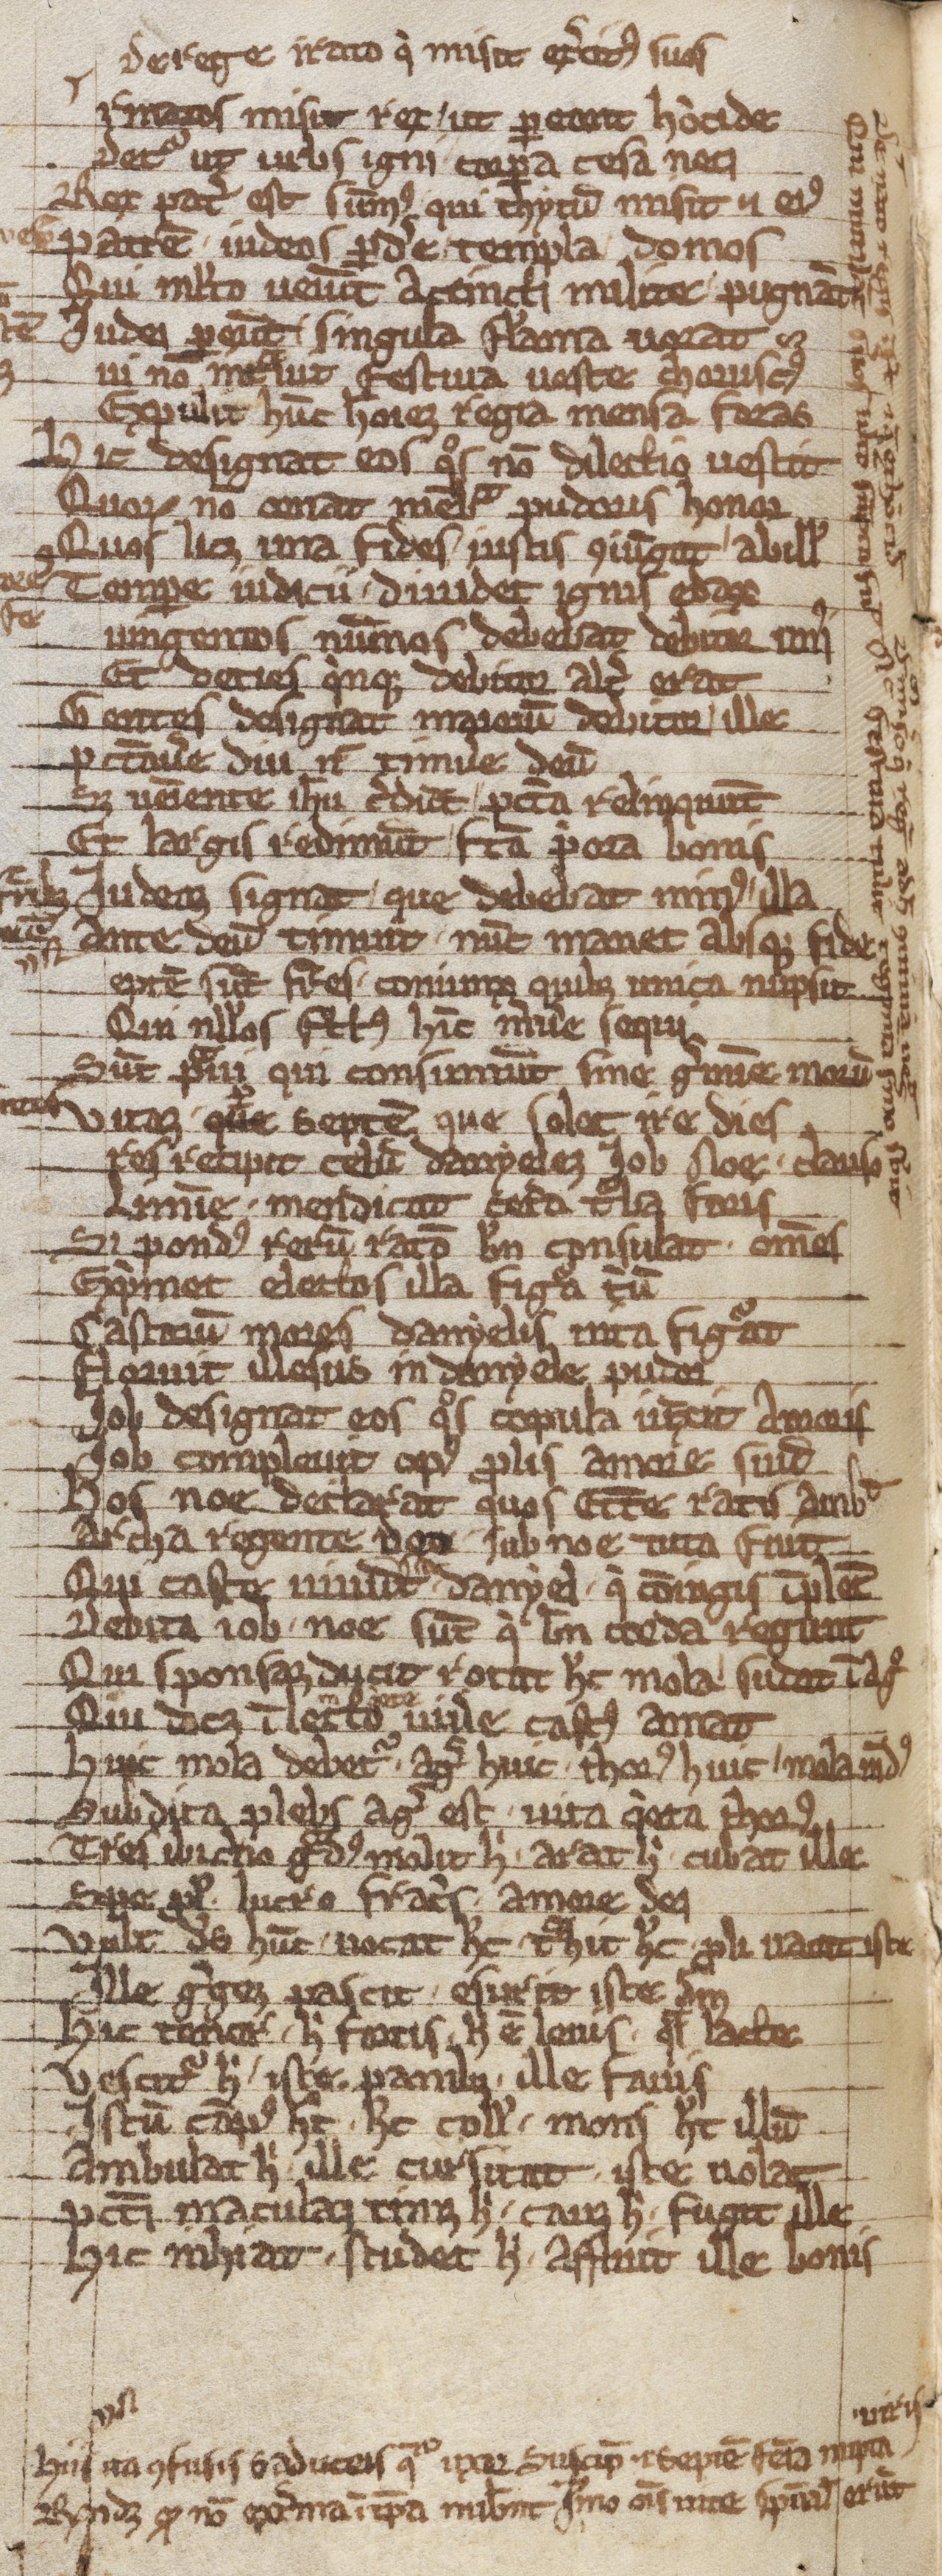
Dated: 1203–1203